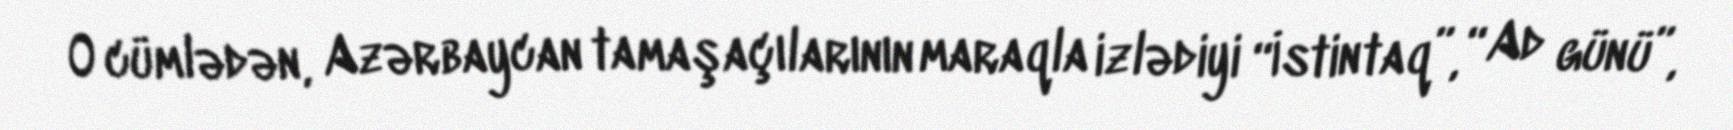
O cümlədən, Azərbaycan tamaşaçılarının maraqla izlədiyi “İstintaq”, “Ad günü”,